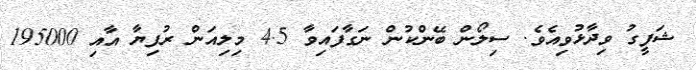
ޝަފީގު ވިދާޅުވިއެވެ. ސިލޯން ބޭންކުން ނަގާފައިވާ 4.5 މިލިއަން ރުފިޔާ އާއި 195000